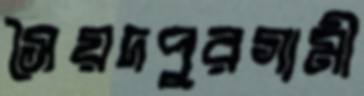
সৈয়দপুরগামী